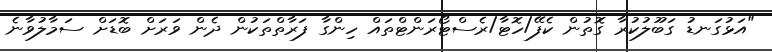
"އަޅުގަނޑު ގަބޫލުކުރާ ގޮތުން ކެފޭ/ހޮޓާ/ރެސްޓޯރަންޓްތައް ހިންގާ ފަރާތްތަކުން ދެން ވަރަށް ބޮޑަށް ސަމާލުވާނެ